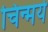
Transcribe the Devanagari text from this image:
चिन्मये